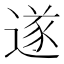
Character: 遂